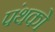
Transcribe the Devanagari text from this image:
पंथको